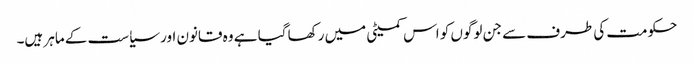
حکومت کی طرف سے جن لوگوں کو اس کمیٹی میں رکھا گیا ہے وہ قانون اور سیاست کے ماہر ہیں۔